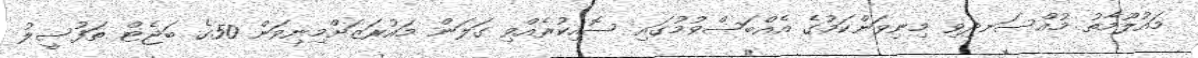
މައުލޫމާތު މުއްސަނދިވި މިނިވަންކަމުގެ އެއްބަސްވުމުގައި ސޮއިކުރެއްވި ގަލަން މައުރަޒަށްމިނިވަން 50ގެ ބަޖެޓް ތަފުސީލު